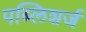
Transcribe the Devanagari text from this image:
पब्लिशर्ज